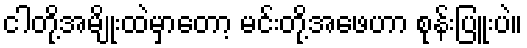
ငါတို့အမျိုးထဲမှာတော့ မင်းတို့အဖေဟာ စုန်းပြူးပဲ။